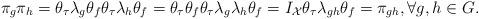
LaTeX: \begin{align*}\pi_g\pi_h& =\theta_\tau \lambda_{g} \theta_f\theta_\tau \lambda_{h} \theta_f=\theta_\tau \theta_f\theta_\tau \lambda_{g}\lambda_h \theta_f=I_\mathcal{X}\theta_\tau \lambda_{gh} \theta_f=\pi_{gh}, \forall g, h \in G.\end{align*}